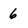
Character: 6